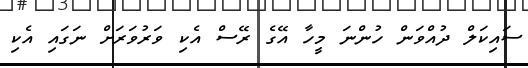
ސައިކަލް ދުއްވަން ހުންނަ މީހާ އޭގެ ރޭސް އެކި ވަރުވަރަށް ނަގައި އެކި